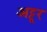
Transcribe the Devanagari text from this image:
अट्टूर